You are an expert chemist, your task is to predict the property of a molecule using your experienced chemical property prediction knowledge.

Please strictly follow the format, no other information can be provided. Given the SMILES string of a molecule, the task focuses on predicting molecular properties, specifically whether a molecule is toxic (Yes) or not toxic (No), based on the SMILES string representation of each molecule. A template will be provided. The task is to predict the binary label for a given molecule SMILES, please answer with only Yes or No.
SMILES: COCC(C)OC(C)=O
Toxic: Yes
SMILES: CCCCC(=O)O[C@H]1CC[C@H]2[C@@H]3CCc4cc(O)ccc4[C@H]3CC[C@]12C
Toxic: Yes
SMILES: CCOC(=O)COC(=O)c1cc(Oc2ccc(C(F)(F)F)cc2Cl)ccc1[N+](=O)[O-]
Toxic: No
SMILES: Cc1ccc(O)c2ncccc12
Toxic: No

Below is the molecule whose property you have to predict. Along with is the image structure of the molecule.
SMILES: O=C(CCCN1CCN2CCCC2C1)c1ccc(F)cc1
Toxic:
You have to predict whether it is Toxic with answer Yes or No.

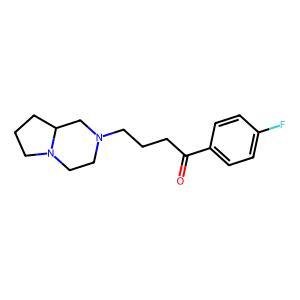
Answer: No